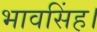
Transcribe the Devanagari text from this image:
भावसिंह।